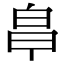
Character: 𭽒